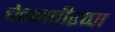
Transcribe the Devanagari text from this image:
चेन्नवीरप्पा